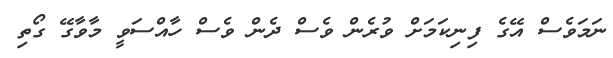
ނަމަވެސް އޭގެ ފިނިކަމަށް ވުރެން ވެސް ދެން ވެސް ހާއްސަވީ މާވާގޭ ގޯތި